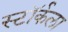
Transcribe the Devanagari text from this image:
स्टॉर्कला